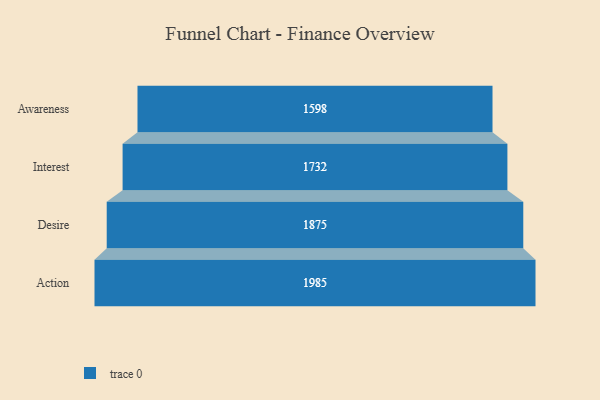
{"axis": {"x": "Stage", "y": "Value"}, "legend": [""], "data": [{"x": "Awareness", "y": 1598.0, "type": ""}, {"x": "Interest", "y": 1732.0, "type": ""}, {"x": "Desire", "y": 1875.0, "type": ""}, {"x": "Action", "y": 1985.0, "type": ""}]}